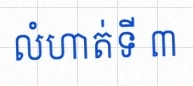
លំហាត់ទី ៣